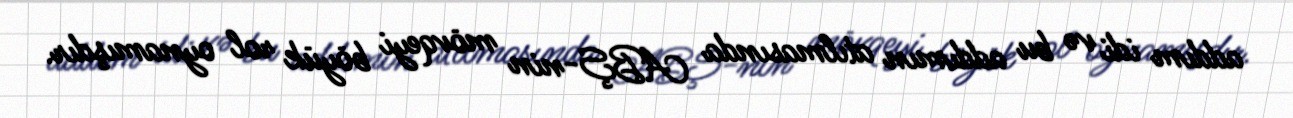
addım idi və bu addımın atılmasında ABŞ-nin mövqeyi böyük rol oynamışdır.